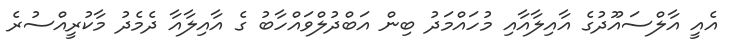
އެއީ އާލްސައޫދުގެ އާއިލާއާއި މުހައްމަދު ބިން އަބްދުލްވައްހާބު ގެ އާއިލާއާ ދެމެދު މާކުރީއްސުރެ